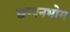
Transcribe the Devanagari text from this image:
छप्पनभोग